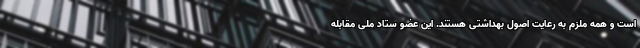
است و همه ملزم به رعایت اصول بهداشتی هستند. این عضو ستاد ملی مقابله